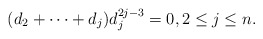
\begin{gather*}(d_2+\cdots+d_j) d_{j}^{2j-3}=0, 2 \le j \le n.\end{gather*}